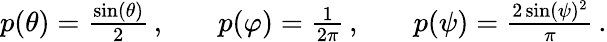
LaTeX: \begin{array}{rlrlr}{p(\theta)=\frac{\sin(\theta)}{2}\, ,}&{{}}&{p(\varphi)=\frac{1}{2\pi}\, ,}&{{}}&{p(\psi)=\frac{2\sin(\psi)^{2}}{\pi}\, .}\end{array}